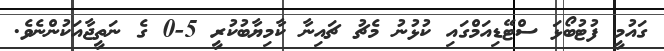
ގައުމީ ފުޓުބޯޅަ ސްޓޭޑިއަމްގައި ކުޅުނު މެޗު ޗައިނާ ކާމިޔާބުކުރީ 5-0 ގެ ނަތީޖާއަކުންނެވެ.